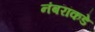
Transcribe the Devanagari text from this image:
नंबरांकडे